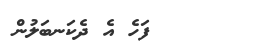
ފަހެ އެ ދެކަނބަލުން